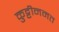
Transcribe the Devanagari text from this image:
कुट्टीनमत